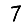
Digit: 7